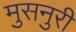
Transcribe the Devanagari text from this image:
मुसनुरी